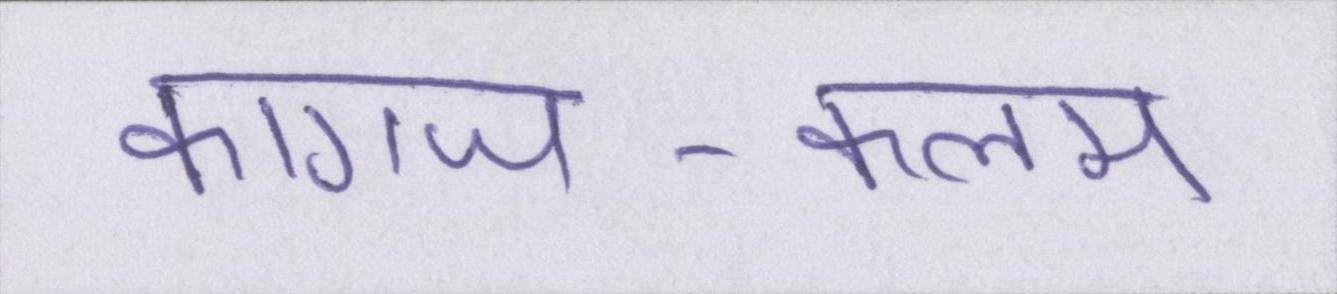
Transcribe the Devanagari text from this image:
कागज-कलम